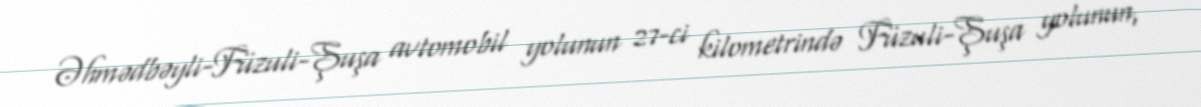
Əhmədbəyli-Füzuli-Şuşa avtomobil yolunun 27-ci kilometrində Füzuli-Şuşa yolunun,